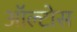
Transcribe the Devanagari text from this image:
ऑल्टोस